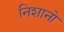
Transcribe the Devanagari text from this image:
निशानो